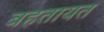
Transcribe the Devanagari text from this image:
बहतायत